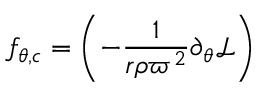
f _ { \theta , c } = \left( - \frac { 1 } { r \rho \varpi ^ { 2 } } \partial _ { \theta } { \mathcal { L } } \right)